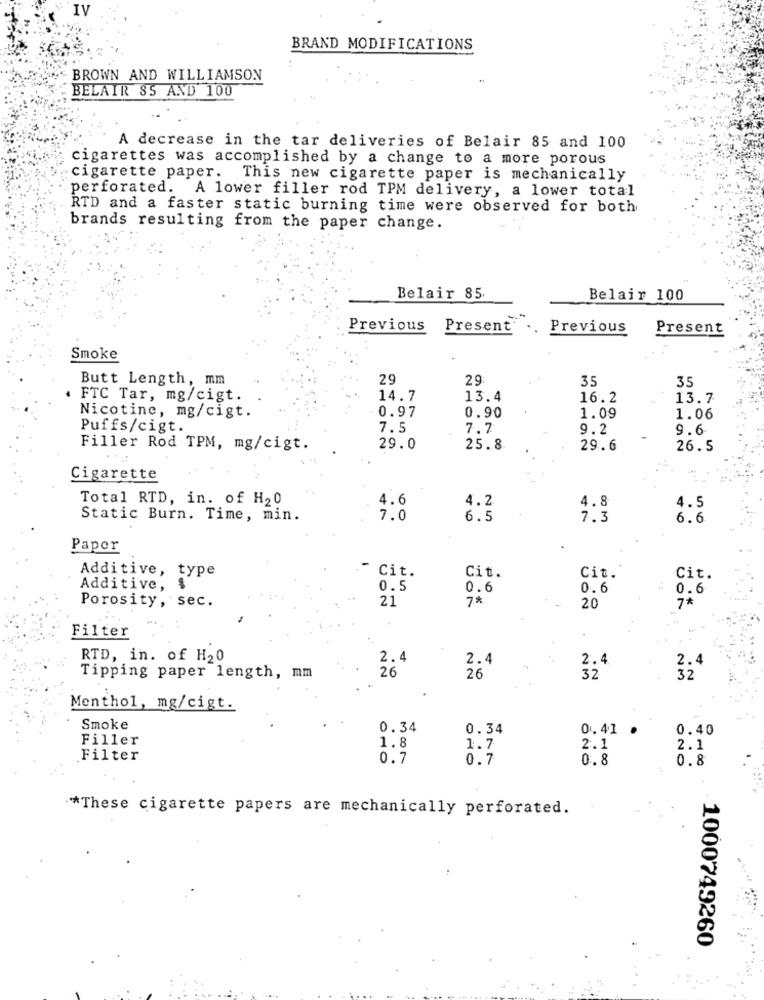
IV
BRAND MODIFICATIONS
BROWN AND WILLIAMSON
BELAIR 85 AND 100
A decrease in the tar deliveries of Belair 85 and 100
cigarettes was accomplished by a change to a more porous
cigarette paper. This new cigarette paper is mechanically
perforated. A lower filler rod TPM delivery, a lower total
RTD and a faster static burning time were observed for both
brands resulting from the paper change.
Belair 85.
Belair 100
Previous
Present .. Previous
Present
Smoke
Butt Length, mm
29
29:
35
35
FTC Tar, mg/cigt.
14.7
13.4
16.2
13.7
0.97
0.90
Nicotine, mg/cigt.
1.09
1.06
Puffs/cigt.
7.5
7.7
9.2
9.6
Filler Rod TPM, mg/cigt.
29.0
25.8
29.6
26.5
Cigarette
Total RTD, in. of H20
4.6
4.2
4.8
4.5
Static Burn. Time, min.
7.0
6.5
7.3
6.6
Paper
Cit.
Cit.
Additive, type
Cit.
Cit.
Additive, $
0.5
0.6
0.6
0.6
21
7*
Porosity, sec.
20
7*
Filter
RTD, in. of H20
2.4
2.4
2.4
26
2.4
Tipping paper length, mm
26
32
32
Menthol, mg/cigt.
Smoke
0.34
0.34
0.41 .
0.40
Filler
1.8
1.7
2.1
2.1
Filter
0.7
0.7
0.8
0.8
*These cigarette papers are mechanically perforated.
1000749260